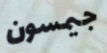
جيمسون